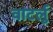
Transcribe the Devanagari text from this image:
वाटर्लु